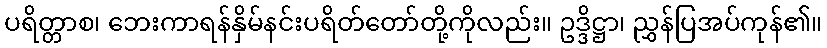
ပရိတ္တာစ၊ ဘေးကာရန်နှိမ်နင်းပရိတ်တော်တို့ကိုလည်း။ ဥဒ္ဒိဋ္ဌာ၊ ညွှန်ပြအပ်ကုန်၏။